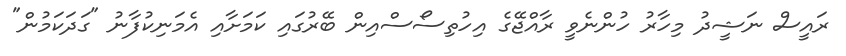
ރައީސް ނަޝީދު މިހާރު ހުންނެވީ ރާއްޖޭގެ އިހުތިސޯސްއިން ބޭރުގައި ކަމަށާއި އެމަނިކުފާނު "ގަދަކަމުން"